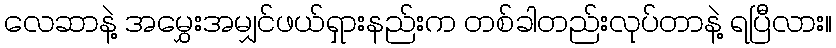
လေဆာနဲ့ အမွှေးအမျှင်ဖယ်ရှားနည်းက တစ်ခါတည်းလုပ်တာနဲ့ ရပြီလား။